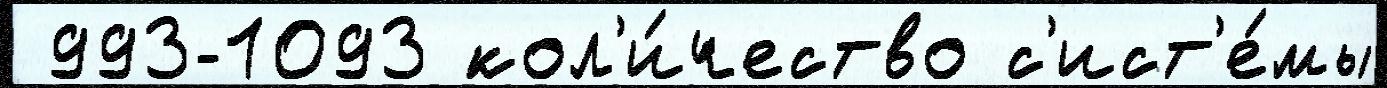
 993-1093 кол'и́чество с'ист'е́мы